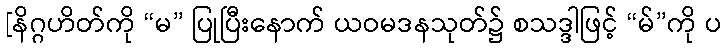
[နိဂ္ဂဟိတ်ကို “မ” ပြုပြီးနောက် ယဝမဒနသုတ်၌ စသဒ္ဒါဖြင့် “မ်”ကို ပ